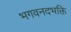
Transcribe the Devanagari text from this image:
भगवनदभक्ति